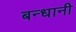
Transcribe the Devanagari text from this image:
बन्धानी